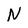
Character: N